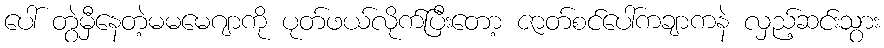
ပေါ် တွဲမှီနေတဲ့မမမေဂျာကို ပုတ်ဖယ်လိုက်ပြီးတော့ ဇာတ်စင်ပေါ်ကချာကနဲ လှည့်ဆင်းသွား